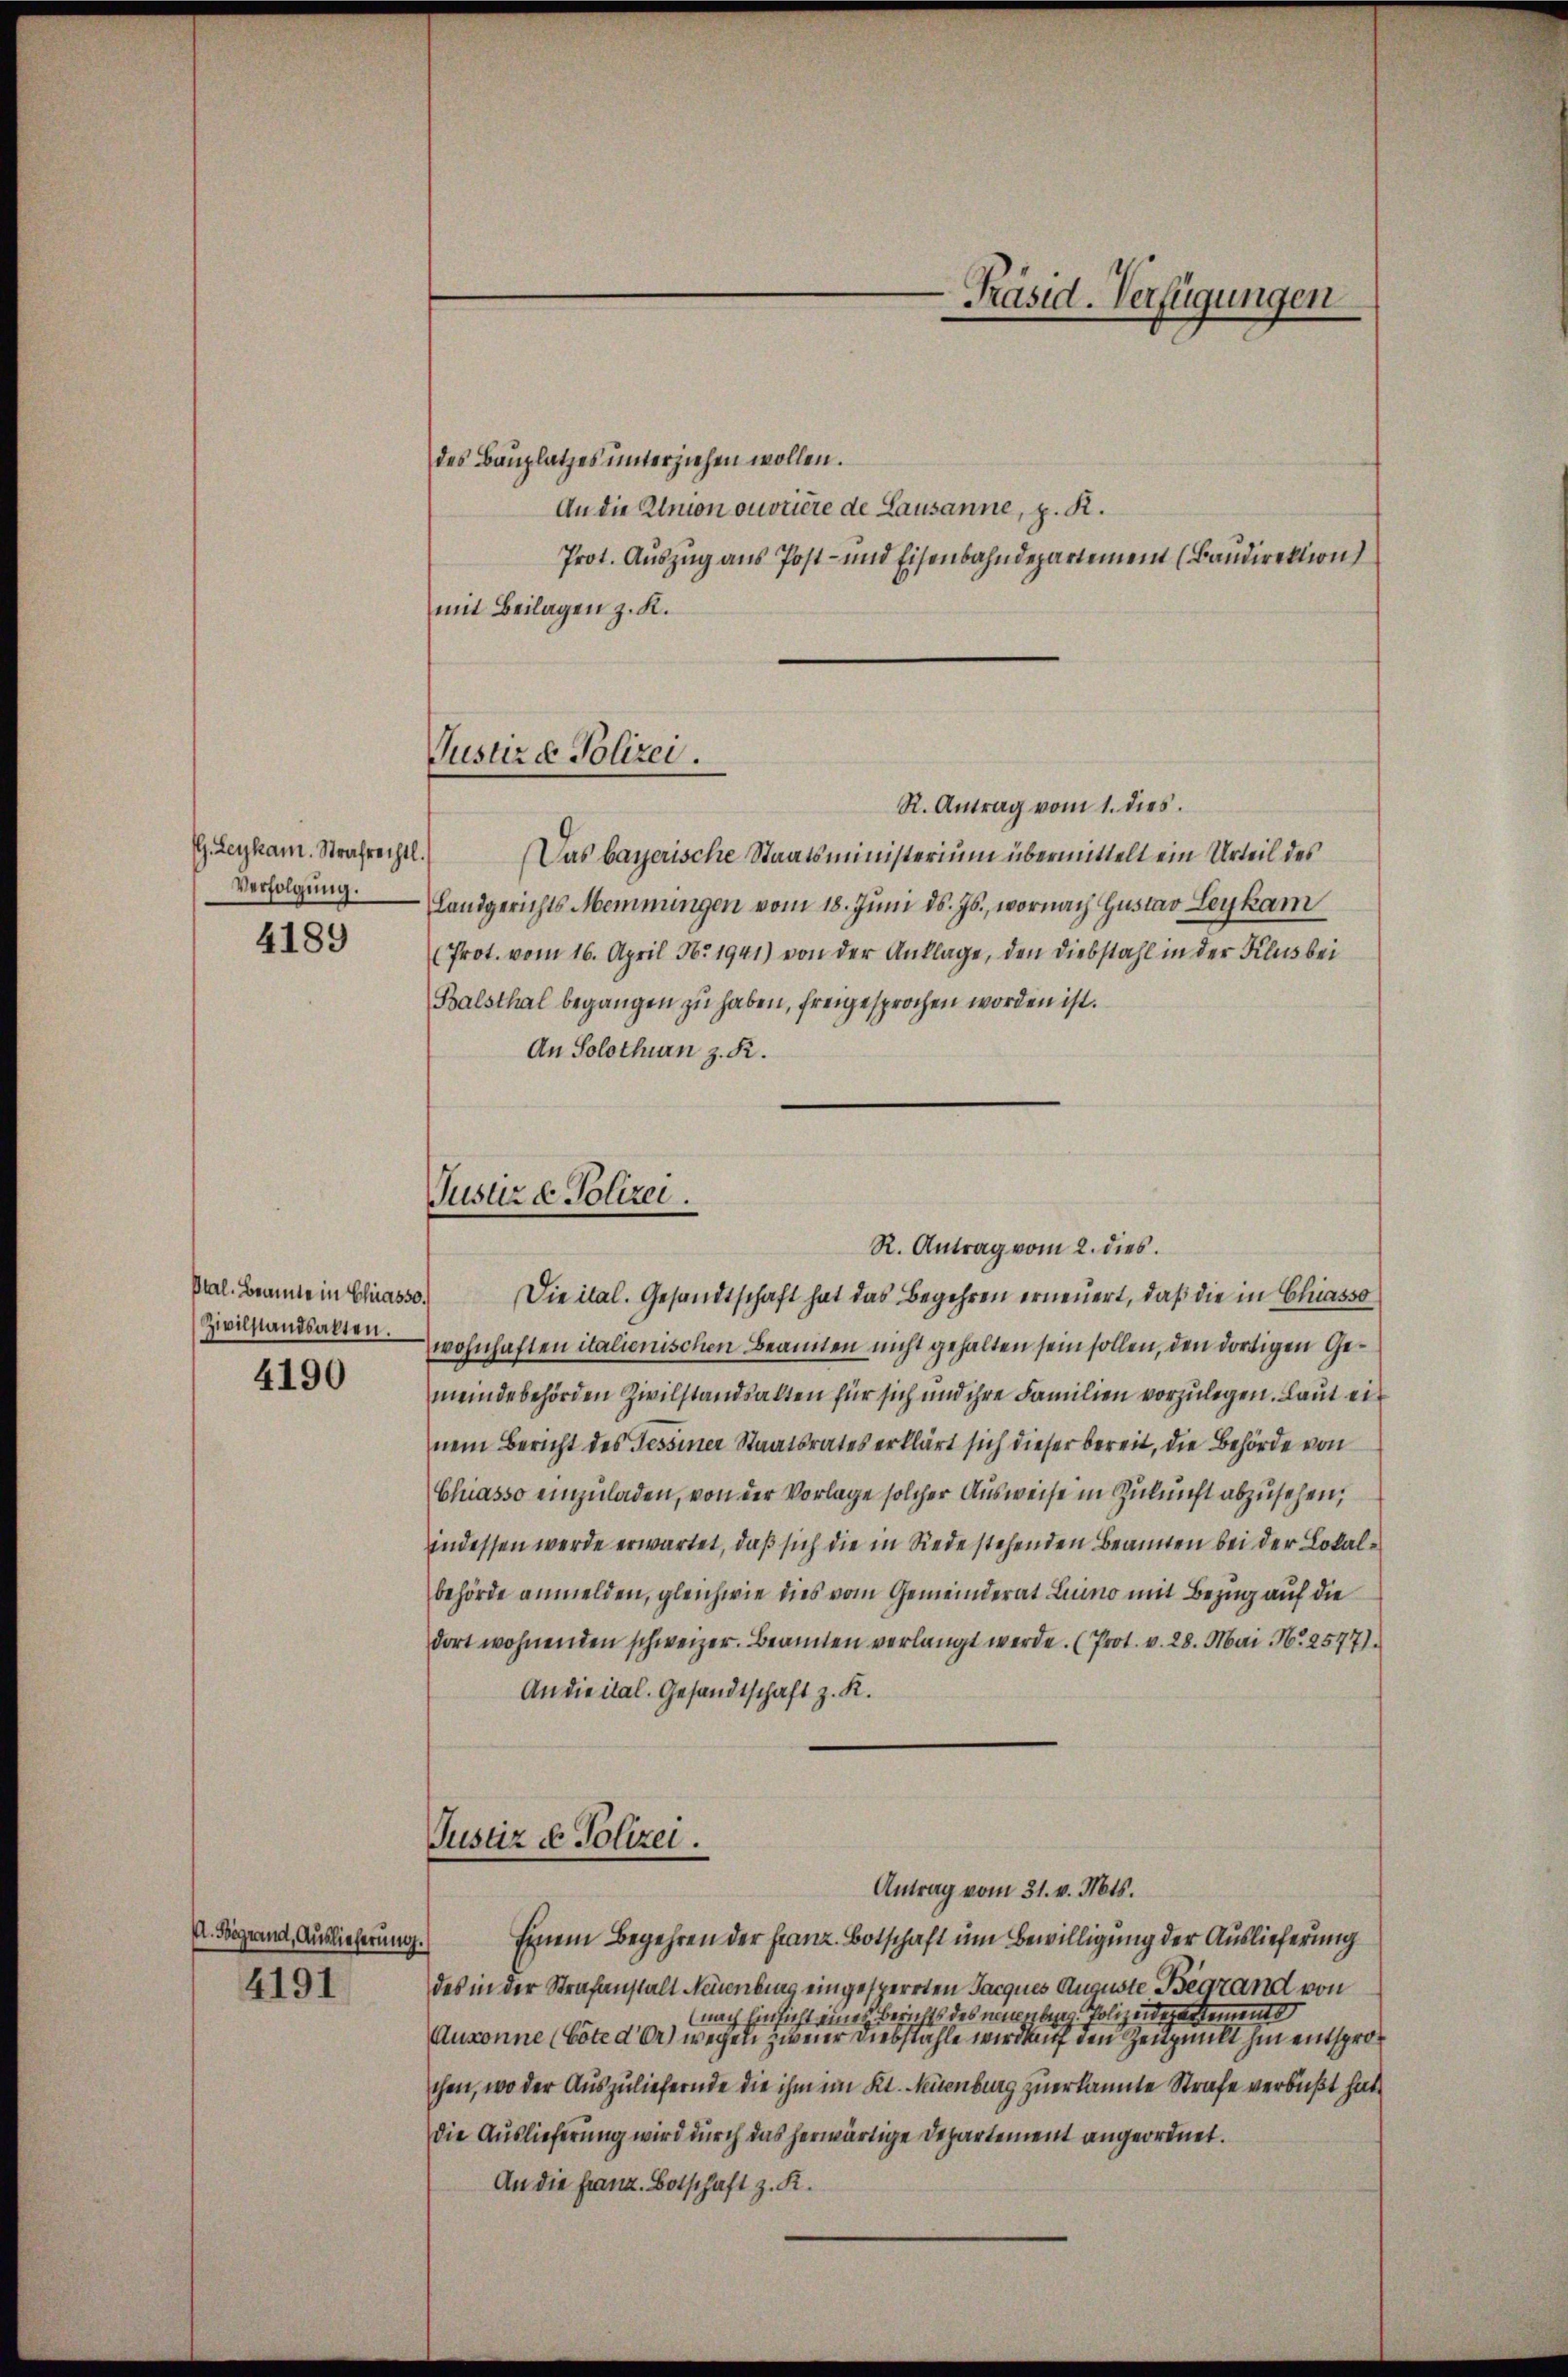
G.Leykam. Strafrechtl.
Verfolgung.

4189

Ptal. Beamte in Chiasso.
Zivilstandsakten.
4190

I. Begrand, Auslieferung
4191

Justiz & Polizei.

Justiz & Polizei.

des Bauplatzes unterziehen wollen.
An die Amon ouvrière de Lausanne, z. R.
Prot. Auszug aus Post- und Eisenbahndepartement (Baudirektion
mit Beilagen z. K.
R. Antrag vom 1. dies
Das bayerische Staatsministerium übermittelt ein Urteil des
Landgerichts-Memmingen vom 18. Jŭni d. Js., wornach Gustav Leykam
(Prot. vom 16. April N. 1941) von der Anklage, den Diebstahl in der Klus bei
Balsthal begangen zu haben, freigesprochen worden ist.
An Solothurn z. R.
R. Antrag vom 2. dies
Die ital. Gesandtschaft hat das Begehren erneuert, daß die in Chiasso
wohnhaften italienischen Beamten nicht gehalten sein sollen, den dortigen Gemeindebehörden Zivilstandsakten für sich und ihre Familien vorzulegen. Laut ei
nem Bericht des Tessiner Staatsrates erklärt sich dieser bereit, die Behörde von
Chiasso einzuladen, von der Vorlage solcher Ausweise in Zukunft abzusehen,
indessen werde erwartet, daß sich die in Rede stehenden Beamten bei der Lokalbehörde anmelden, gleichwie dies vom Gemeinderat Luino mit Bezug auf die
dort wohnenden schweizer. Beamten verlangt werde. (Prot. v. 28. Mai Nr. 2577).
An die ital. Gesandtschaft z. R.
Justiz & Polizei.
Antrag vom 31. v. Mts.
Einem Begehren der Franz. Botschaft um Bewilligung der Auslieferung
1
des in der Strafanstalt Neuenburg eingesperrten Jacques Auguste Begrand von
nach Einsicht eines Berichts des neuenberg. Polizeidepartements
Ausonne (böte d’Or) wegen zweier Diebstahle wird auf den Zeugnilt hin entsprochen, wo der Auszuliefernde die ihm im Kt. Neuenburg zuerkannte Strafe verbüßt hat
die Auslieferung wird durch das herwärtige Departement angeordnet.
An die Franz. Botschaft z. R.

-Präsid. Verfügungen